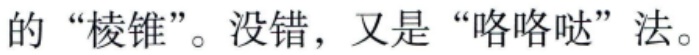
的“棱锥”。没错，又是“咯咯哒”法。